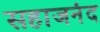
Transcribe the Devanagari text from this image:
सहाजनंद